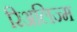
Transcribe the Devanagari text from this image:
रिअलिज्म